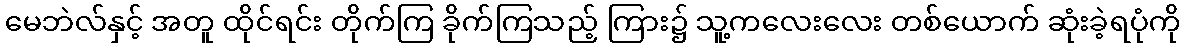
မေဘဲလ်နှင့် အတူ ထိုင်ရင်း တိုက်ကြ ခိုက်ကြသည့် ကြား၌ သူ့ကလေးလေး တစ်ယောက် ဆုံးခဲ့ရပုံကို